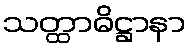
သတ္ထာဓိဋ္ဌာနာ